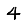
Digit: 4